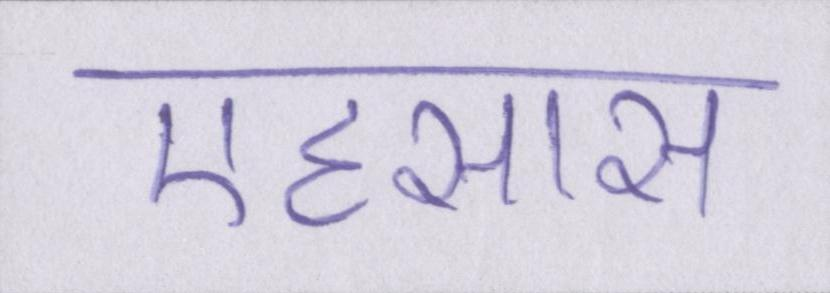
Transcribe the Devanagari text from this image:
एहसास